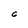
Character: 6